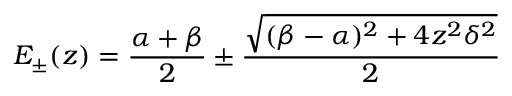
E _ { \pm } ( z ) = \frac { \alpha + \beta } { 2 } \pm \frac { \sqrt { ( \beta - \alpha ) ^ { 2 } + 4 z ^ { 2 } \delta ^ { 2 } } } { 2 }